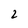
Character: 2